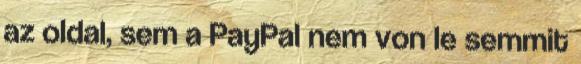
az oldal, sem a PayPal nem von le semmit